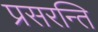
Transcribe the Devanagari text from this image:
प्रसरन्ति